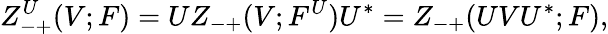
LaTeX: Z_{-+}^{U}(V;F)=UZ_{-+}(V;F^{U})U^{*}=Z_{-+}(UVU^{*};F),